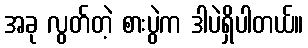
အခု လွတ်တဲ့ စားပွဲက ဒါပဲရှိပါတယ်။